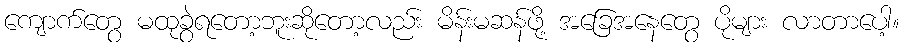
ကျောက်တွေ မထုခွဲရတော့ဘူးဆိုတော့လည်း မိန်းမဆန်ဖို့ အခြေအနေတွေ ပိုများ လာတာပေါ့။